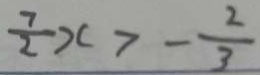
\frac { 7 } { 2 } x > - \frac { 2 } { 3 }